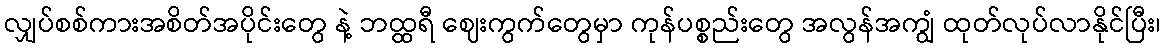
လျှပ်စစ်ကားအစိတ်အပိုင်းတွေ နဲ့ ဘထ္ထရီ ဈေးကွက်တွေမှာ ကုန်ပစ္စည်းတွေ အလွန်အကျွံ ထုတ်လုပ်လာနိုင်ပြီး၊